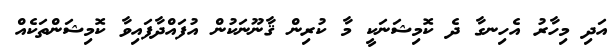
އަދި މިހާރު އެހިނގާ ދެ ކޮމިޝަނަކީ މާ ކުރިން ޤާނޫނަކުން އުފައްދާފައިވާ ކޮމިޝަންތަކެއް